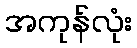
အကုန်လုံး